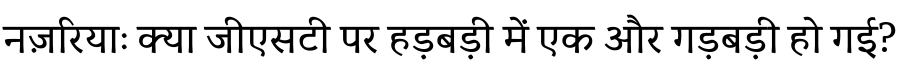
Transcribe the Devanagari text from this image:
नज़रियाः क्या जीएसटी पर हड़बड़ी में एक और गड़बड़ी हो गई?